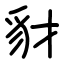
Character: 豺